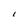
Character: I